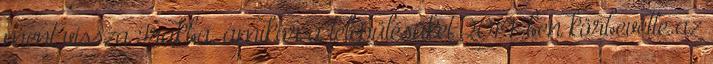
ment vissza Irakba, amikor a településüket 2014-ben körbevette az